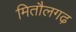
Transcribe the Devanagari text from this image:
मितौलगढ़